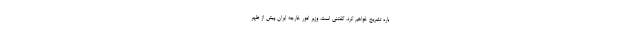
باره تشریح خواهم کرد. گفتنی است، وزیر امور خارجه ایران پیش از ظهر